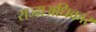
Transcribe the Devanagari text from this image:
राज्यअधिकार